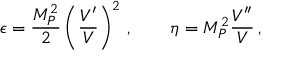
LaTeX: \epsilon = \frac { M _ { P } ^ { 2 } } { 2 } \left( \frac { V ^ { \prime } } { V } \right) ^ { 2 } \, , \qquad \eta = M _ { P } ^ { 2 } \frac { V ^ { \prime \prime } } { V } \, ,